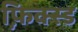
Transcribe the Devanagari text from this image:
फ़ि़क्स्ड